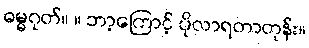
ဓမ္မဂုတ်။ ။ ဘာ့ကြောင့် ပိုလာရတာတုန်း။